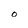
Character: 0